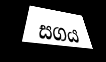
සගය